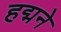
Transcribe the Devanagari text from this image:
हद्मने